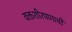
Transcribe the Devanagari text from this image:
वक्तशीरपणाची